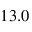
1 3 . 0 \, \